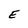
Character: E